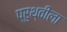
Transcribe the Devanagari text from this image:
प्रुथ्वीला